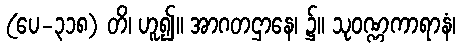
(ပေ-၃၁၈) တိ၊ ဟူ၍။ အာဂတဌာနေ၊ ၌။ သုဝဏ္ဏကာရာနံ၊